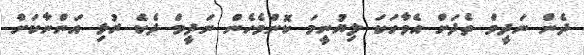
ދެން ނަދީމް ތެދަށް އެވާހަކަ ލިޔުނީމަ ކޮންމެހެން ނަދީމް ދެކެ ރުޅި އަންނާކަށް